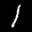
Label: 1